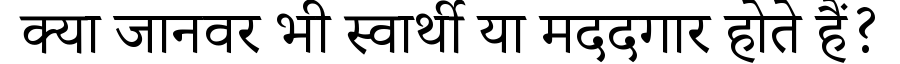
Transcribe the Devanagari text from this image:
क्या जानवर भी स्वार्थी या मददगार होते हैं?